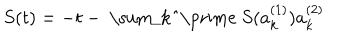
S ( t ) = - t - \mathrm { ~ \sum _ { k } ^ { \prime } ~ } S ( a _ { k } ^ { ( 1 ) } ) a _ { k } ^ { ( 2 ) }